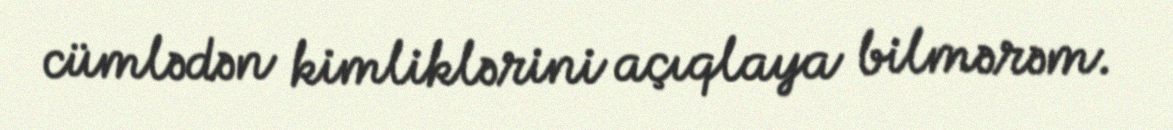
cümlədən kimliklərini açıqlaya bilmərəm.